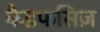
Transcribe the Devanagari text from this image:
कैडफसिज़